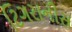
ટિગરાનીસ